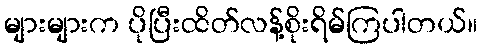
များများက ပိုပြီးထိတ်လန့်စိုးရိမ်ကြပါတယ်။